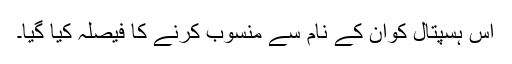
اس ہسپتال کوان کے نام سے منسوب کرنے کا فیصلہ کیا گیا۔